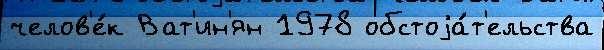
челов'е́к Ват'ин'ян 1978 обстоjа́т'ельства